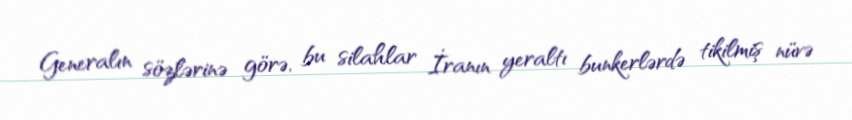
Generalın sözlərinə görə, bu silahlar İranın yeraltı bunkerlərdə tikilmiş nüvə